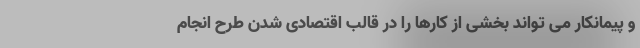
و پیمانکار می تواند بخشی از کارها را در قالب اقتصادی شدن طرح انجام